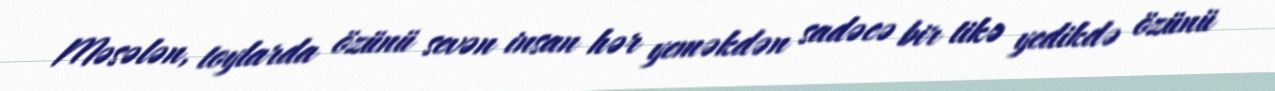
Məsələn, toylarda özünü sevən insan hər yeməkdən sadəcə bir tikə yedikdə özünü